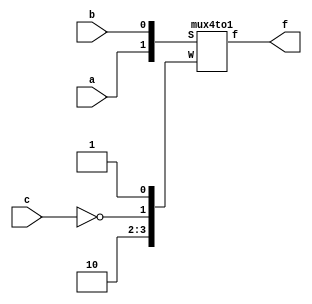
module insem1(a, b, c, f);
input a, b, c;
output f;
wire [0:3]W;
wire [1:0]S;

assign W = {1'b1, 1'b0, ~c, 1'b1};
assign S = {a, b};

mux4to1 m1(W, S, f);

endmodule

module mux4to1(W, S, f);
input [0:3]W;
input [1:0]S;
output reg f;

always@(W or S)
	f = S[1] ? (S[0] ? W[3] : W[2]) : (S[0] ? W[1] : W[0]);

endmodule